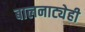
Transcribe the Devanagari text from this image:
बालनाट्येही